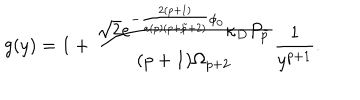
g ( y ) = 1 + { \frac { \sqrt { 2 } e ^ { - { \frac { 2 ( p + 1 ) } { a ( p ) ( p + \tilde { p } + 2 ) } } \phi _ { 0 } } \kappa _ { D } P _ { \tilde { p } } } { ( p + 1 ) \Omega _ { p + 2 } } } { \frac { 1 } { y ^ { p + 1 } } } .